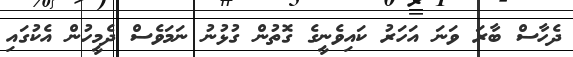
ދެހާސް ބާރަ ވަނަ އަހަރު ކައިވެނީގެ ގޮތުން ގުޅުނު ނަމަވެސް ދެމީހުން އެކުގައި